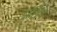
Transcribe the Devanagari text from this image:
डांशिंग